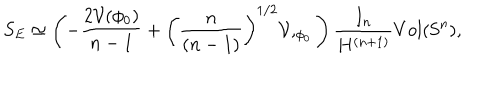
S _ { E } \simeq \left( - \frac { 2 { \cal V } ( \phi _ { 0 } ) } { n - 1 } + \left( \frac { n } { ( n - 1 ) } \right) ^ { 1 / 2 } { \cal V } , _ { \phi _ { 0 } } \right) \frac { I _ { n } } { H ^ { ( n + 1 ) } } V o l ( \mathrm { S } ^ { n } ) ,